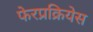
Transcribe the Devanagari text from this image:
फेरप्रक्रियेस